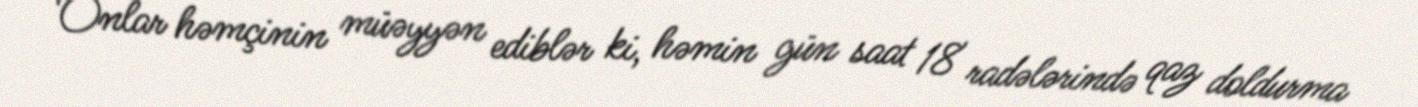
Onlar həmçinin müəyyən ediblər ki, həmin gün saat 18 radələrində qaz doldurma